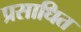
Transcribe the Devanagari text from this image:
प्रसाधित